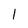
Character: 1